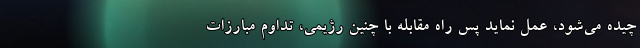
چیده می‌شود، عمل نماید پس راه مقابله با چنین رژیمی، تداوم مبارزات